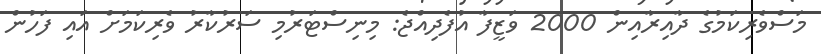
މަސްވެރިކަމުގެ ދާއިރާއިން 2000 ވަޒީފާ އުފެދިއްޖެ: މިނިސްޓަރުމި ސަރުކާރު ވެރިކަމަށް އައި ފަހުން